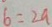
b = 2 a